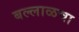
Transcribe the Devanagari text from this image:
बल्लाळचा